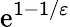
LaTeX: \mathrm{e}^{1-1/\varepsilon}